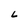
Character: L